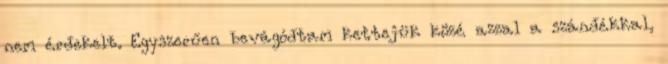
nem érdekelt. Egyszerűen bevágódtam kettejük közé azzal a szándékkal,